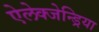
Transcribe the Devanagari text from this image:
ऐलेक्जेन्ड्रिया